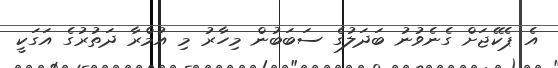
އެ ޕެކޭޖަށް ގެނެވުނު ބަދަލުގެ ސަބަބުން މިހާރު މި އުމްރާ ދަތުރުގެ އަގަކީ